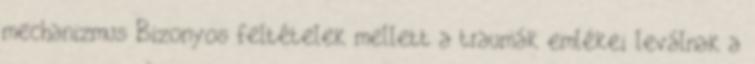
mechanizmus Bizonyos feltételek mellett a traumák emlékei leválnak a